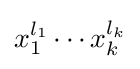
x_{1}^{l_{1}}\cdots x_{k}^{l_{k}}